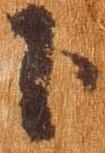
下